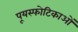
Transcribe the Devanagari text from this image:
पूयस्फोटिकाओं